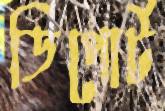
ডিপোর্ট